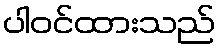
ပါဝင်ထားသည်